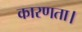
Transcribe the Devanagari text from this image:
कारणता।